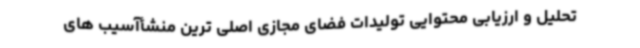
تحلیل و ارزیابی محتوایی تولیدات فضای مجازی اصلی ترین منشأآسیب های